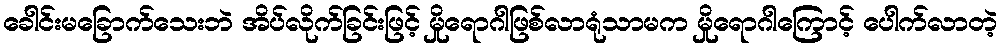
ခေါင်းမခြောက်သေးဘဲ အိပ်လိုက်ခြင်းဖြင့် မှိုရောဂါဖြစ်လာရုံသာမက မှိုရောဂါကြောင့် ပေါက်လာတဲ့